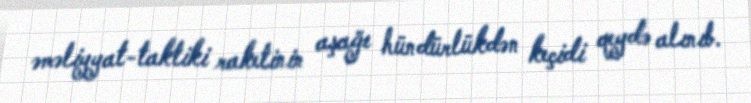
əməliyyat-taktiki raketinin aşağı hündürlükdən keçidi qeydə alınıb.